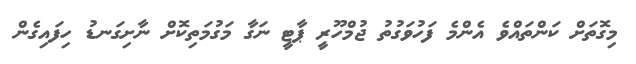
މިގޮތަށް ކަންތައްވެ އެންމެ ފަހުވަގުތު ޖުމްހޫރީ ޕާޓީ ނަގާ މަގުމަތިކޮށް ނާށިގަނޑު ހިފައިގެން